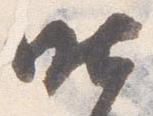
昨